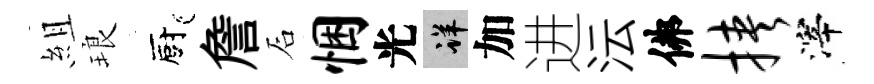
組琅廚詹石悃光详加进沄佛挟滓